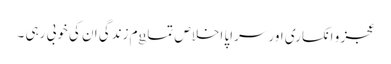
عجز و انکساری اور سراپا اخلاص تماgم زندگی ان کی خوبی رہی ۔